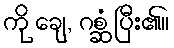
ကို ချေ, ဂစ္ဆံ ပြီး၏။